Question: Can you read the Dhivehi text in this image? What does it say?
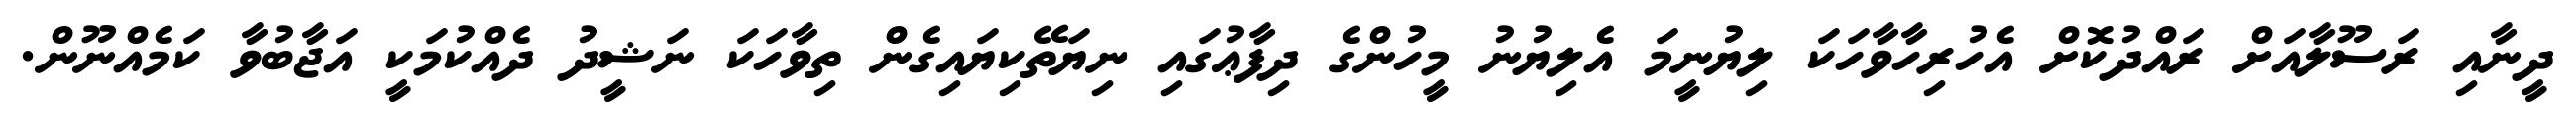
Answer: ދީނާއި ރަސޫލާއަށް ރައްދުކޮށް އެހުރިހާވާހަކަ ލިޔުނީމަ އެލިޔުނު މީހުންގެ ދިފާޢުގައި ނިޔަތޭކިޔައިގެން ތިވާހަކަ ނަޝީދު ދެއްކުމަކީ އަޖާބުވާ ކަމެއްނޫން.